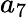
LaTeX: a_{7}